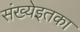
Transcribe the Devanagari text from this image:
संख्येइतका